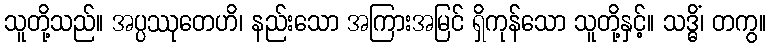
သူတို့သည်။ အပ္ပဿုတေဟိ၊ နည်းသော အကြားအမြင် ရှိကုန်သော သူတို့နှင့်။ သဒ္ဓိံ၊ တကွ။